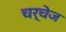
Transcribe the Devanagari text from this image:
चर्चेज